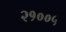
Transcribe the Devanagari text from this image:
२१००५